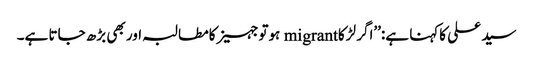
سید علی کاکہنا ہے:’’اگر لڑکا migrant ہوتوجہیزکامطالبہ اور بھی بڑھ جاتا ہے۔